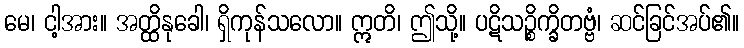
မေ၊ ငါ့အား။ အတ္ထိနုခေါ၊ ရှိကုန်သလော။ ဣတိ၊ ဤသို့။ ပဋိသဉ္စိက္ခိတဗ္ဗံ၊ ဆင်ခြင်အပ်၏။